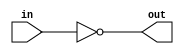
module NOT(
    input in, 
    output out);

    assign #(1.5:3.1:4.6,1.5:3.1:4.6) out = ~in;
endmodule